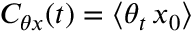
C _ { \theta x } ( t ) = \langle \theta _ { t } \, x _ { 0 } \rangle